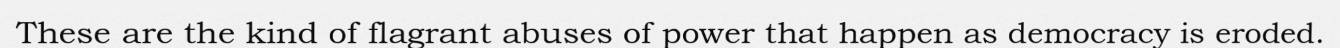
These are the kind of flagrant abuses of power that happen as democracy is eroded.